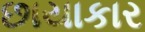
છાયાકાર